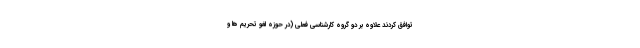
توافق کردند علاوه بر دو گروه کارشناسی فعلی (در حوزه لغو تحریم ها و